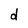
Character: d